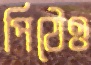
পিঠেও